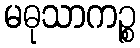
မဓုသာကဉ္စ